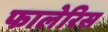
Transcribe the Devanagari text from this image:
फालेरिस